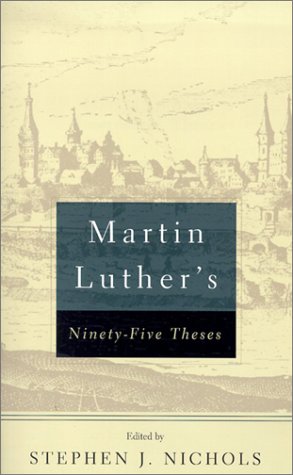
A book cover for Martin Luther's 95 Theses; Martin Luther; Christian Books & Bibles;